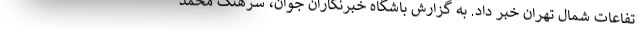
تفاعات شمال تهران خبر داد. به گزارش باشگاه خبرنگاران جوان، سرهنگ محمد